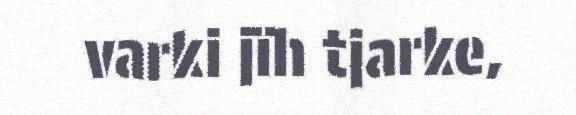
varki jïh tjarke,